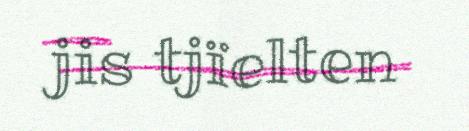
jis tjïelten